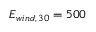
E _ { w i n d , \, 3 0 } = 5 0 0